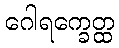
ဂေါရက္ခေတ္ထ